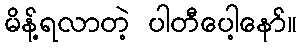
မိန့်ရလာတဲ့ ပါတီပေါ့နော်။